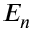
E _ { n }